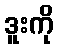
ဒူးကို